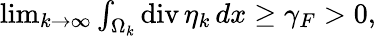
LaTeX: \begin{array}{r}{\operatorname*{lim}_{k\to\infty}\int_{\Omega_{k}}\mathrm{div}\, \eta_{k}\, dx\geq\gamma_{F}>0,}\end{array}